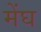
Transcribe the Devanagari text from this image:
मेंघ